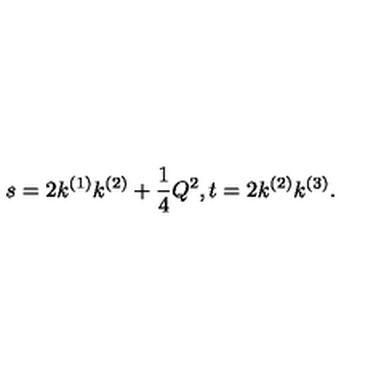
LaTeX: s = 2 k ^ { ( 1 ) } k ^ { ( 2 ) } + \frac { 1 } { 4 } Q ^ { 2 } , t = 2 k ^ { ( 2 ) } k ^ { ( 3 ) } .